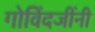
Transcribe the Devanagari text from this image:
गोविंदजींनी